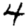
Digit: 4